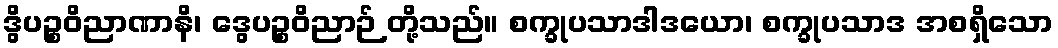
ဒွိပဉ္စဝိညာဏာနိ၊ ဒွေပဉ္စဝိညာဉ် တို့သည်။ စက္ခုပသာဒါဒယော၊ စက္ခုပသာဒ အစရှိသော